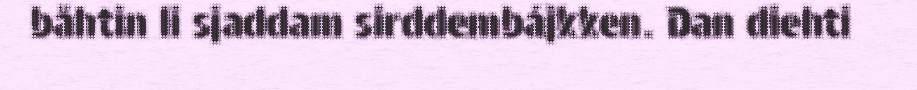
båhtin li sjaddam sirddembájkken. Dan diehti